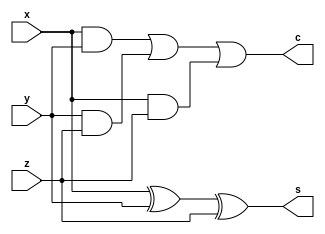

module fulladder(x,y,z,s,c);
	input x,y,z;
	output s,c;
	wire w,wx,wy,wz;
	xor x0(w,x,y);
	xor x1(s,w,z);
	and a0(wx,x,y);
	and a1(wy,y,z);
	and a2(wz,x,z);
	or o0(c,wx,wy,wz);
endmodule